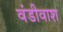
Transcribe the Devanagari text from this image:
वंडीवाश